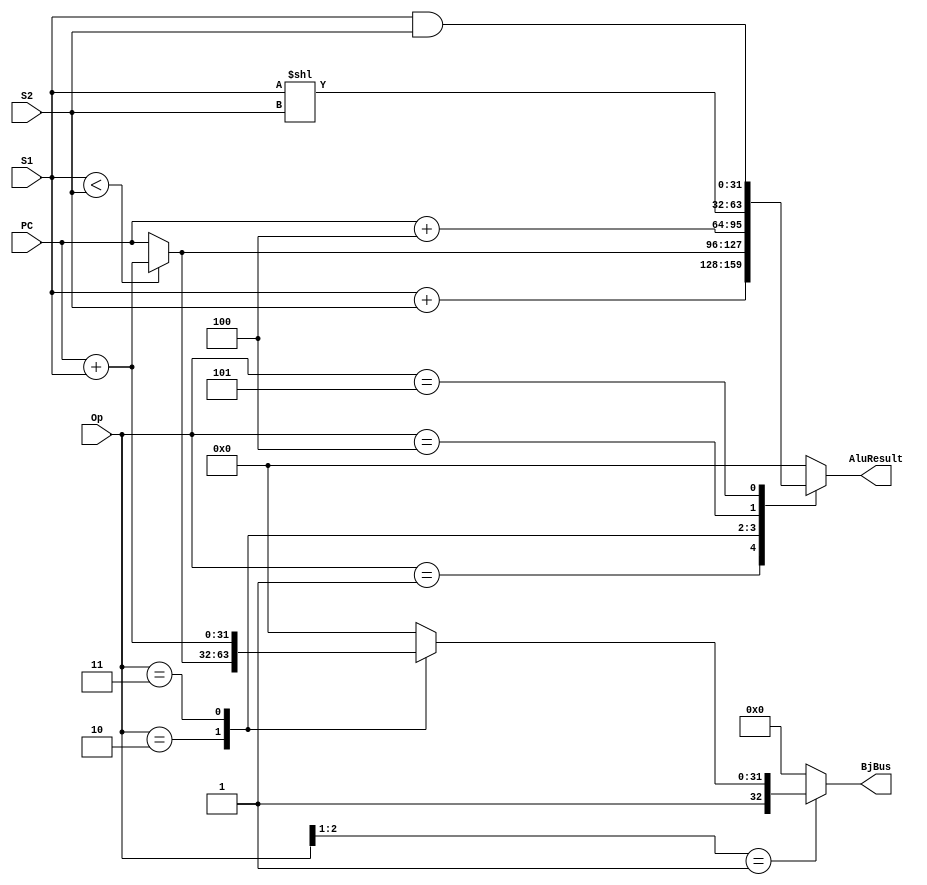
module Excute 
	#(parameter BITS = 32
		)(
		  input  [2:0] Op,
		  input  [BITS-1:0] S1,
		  input  [BITS-1:0] S2,
		  input  [BITS-1:0] PC,
		  output [BITS-1:0] AluResult,
		  output [BITS:0]   BjBus
		  );
      		reg [BITS-1:0] AluResult;
	  	wire [BITS:0] BjBus;
        reg [BITS-1:0] BjAddr;
        wire  BjEn;

always @(Op or S1 or S2 or PC) begin
	case (Op)
		3'b001:  begin AluResult = S1 + S2; BjAddr = 0; end 
		3'b010:  begin BjAddr = (S1 < S2) ? PC + S1 : PC; AluResult = BjAddr; end // 3'b010:
		3'b011:  begin BjAddr = S1 +PC; AluResult = PC + 4; end // 3'b011:
		3'b100:  begin AluResult = (S1 << S2); BjAddr = 0; end
        3'b101:  begin AluResult = S1 & S2; BjAddr = 0; end
        default: begin AluResult = 0; BjAddr = 0; end
    endcase
end

assign BjEn  = (Op[2:1] == 01) ? 1 : 0;
assign BjBus = (Op[2:1] == 01) ? {BjEn,BjAddr} : 0; 

endmodule